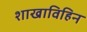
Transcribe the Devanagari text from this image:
शाखाविहिन